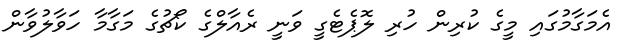
އެމަގާމުގައި މީގެ ކުރިން ހުރި ލޮޕެޓެގީ ވަނީ ރެއާލްގެ ކޯޗުގެ މަގާމާ ހަވާލުވާން